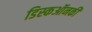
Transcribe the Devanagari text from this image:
डिस्कऑनकी